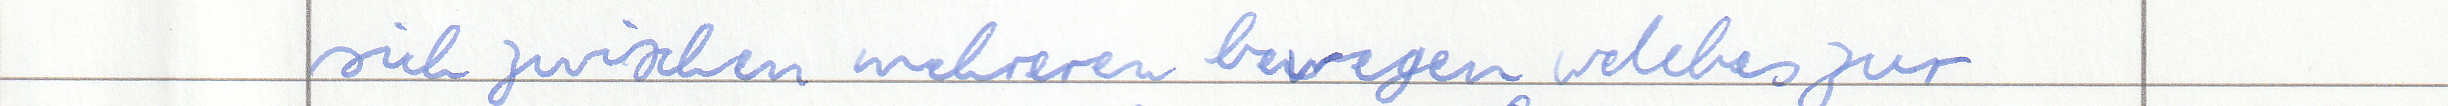
sich zwischen mehreren bewegen welches zur